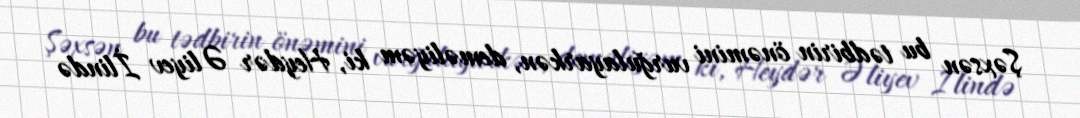
Şəxsən bu tədbirin önəmini vurğulayarkən, deməliyəm ki, Heydər Əliyev İlində